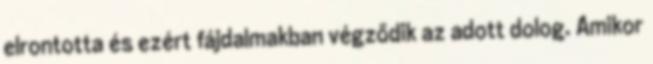
elrontotta és ezért fájdalmakban végződik az adott dolog. Amikor